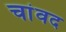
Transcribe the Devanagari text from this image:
चांवद